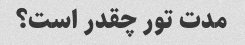
مدت تور چقدر است؟